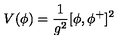
V ( \phi ) = { \frac { 1 } { g ^ { 2 } } } [ \phi , \phi ^ { + } ] ^ { 2 }